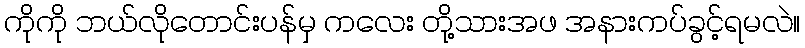
ကိုကို ဘယ်လိုတောင်းပန်မှ ကလေး တို့သားအဖ အနားကပ်ခွင့်ရမလဲ။